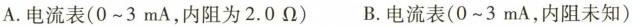
A.电流表(0~3mA，内阻为2.0\Omega ) B.电流表(0~3mA，内阻未知)